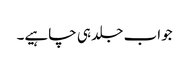
جواب جلد ہی چاہیے۔